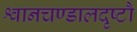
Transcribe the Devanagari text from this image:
श्वानचण्डालदृष्टौ